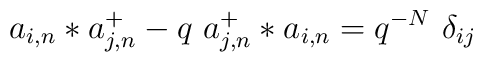
a_{i,n}*a_{j,n}^{+}-q\ a_{j,n}^{+}*a_{i,n}=q^{-N}\ \delta _{ij}